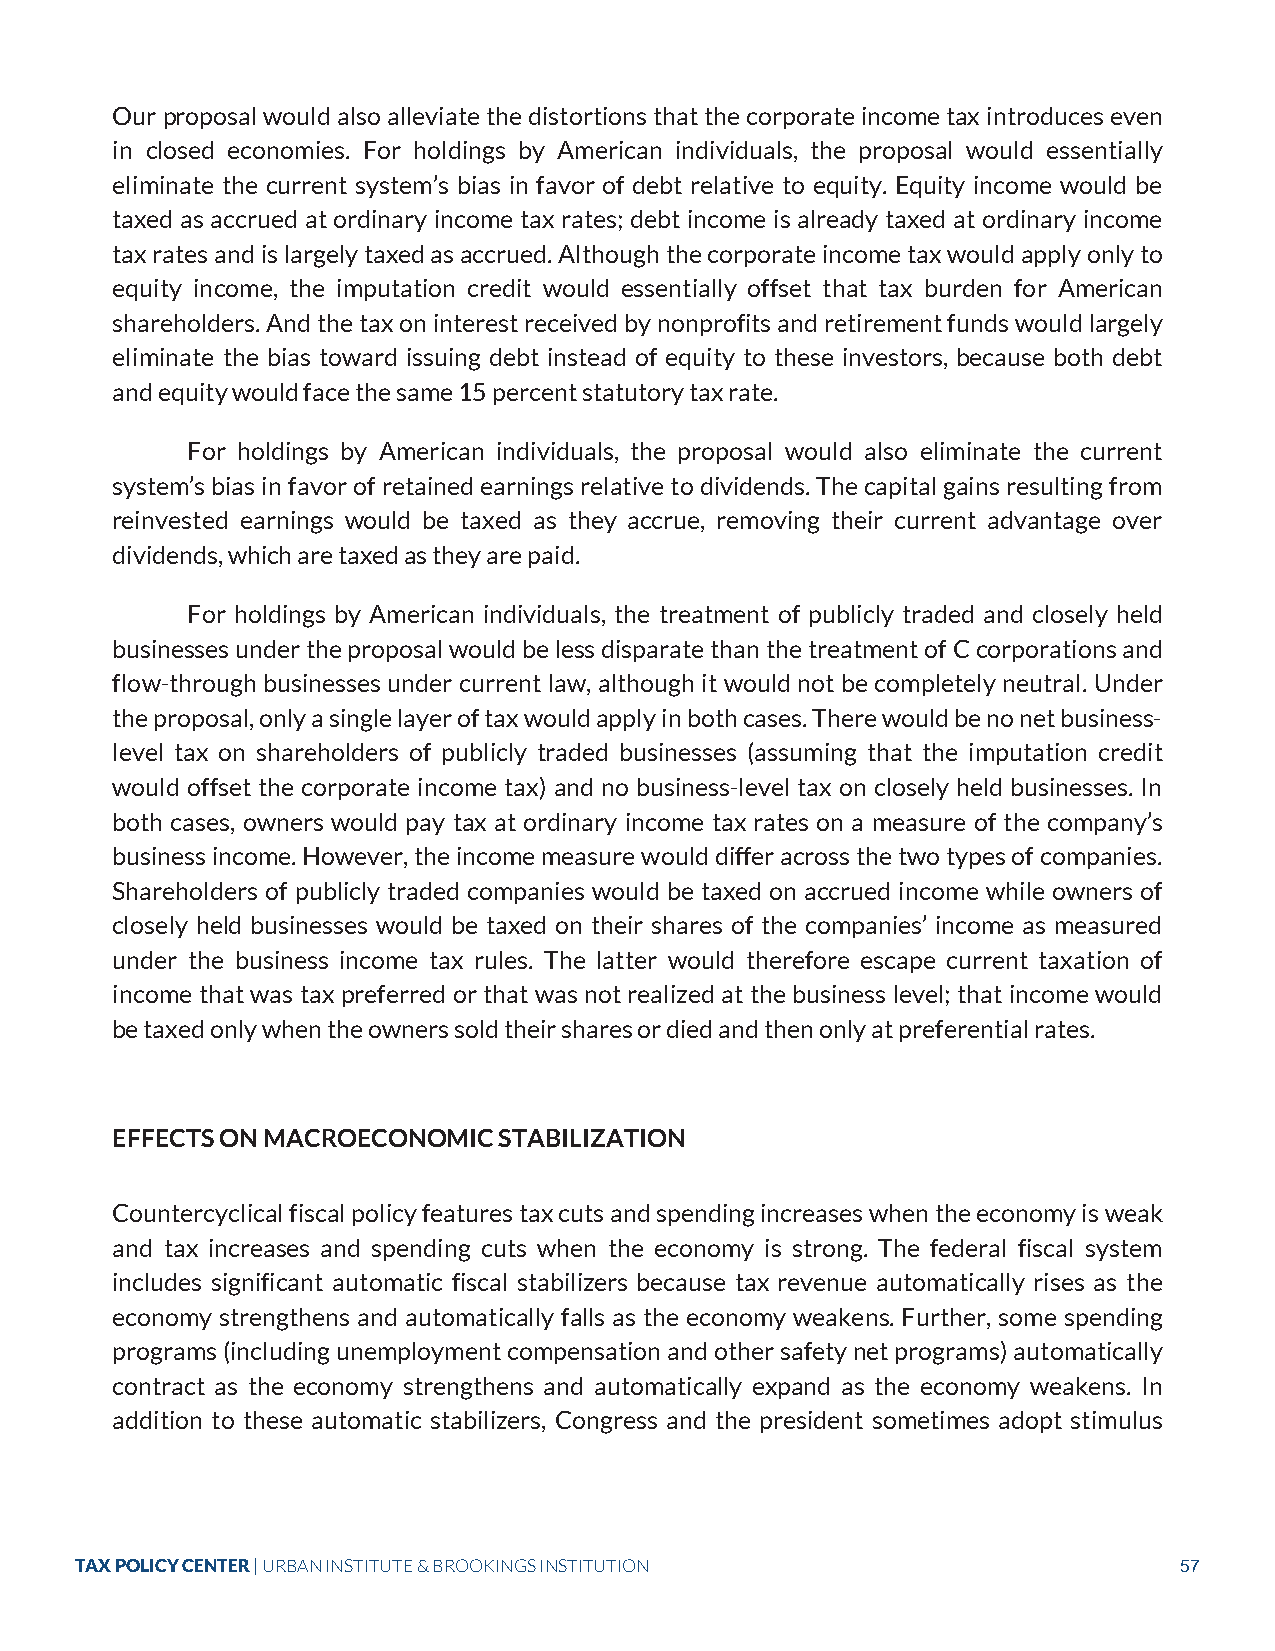
Our proposal would also alleviate the distortions that the corporate income tax introduces even
 in closed economies. For holdings by American individuals, the proposal would essentially
 eliminate the current system’s bias in favor of debt relative to equity. Equity income would be
 taxed as accrued at ordinary income tax rates; debt income is already taxed at ordinary income
 tax rates and is largely taxed as accrued. Although the corporate income tax would apply only to
 equity income, the imputation credit would essentially offset that tax burden for American
 shareholders. And the tax on interest received by nonprofits and retirement funds would largely
 eliminate the bias toward issuing debt instead of equity to these investors, because both debt
 and equity would face the same 15 percent statutory tax rate.
 For holdings by American individuals, the proposal would also eliminate the current
 system’s bias in favor of retained earnings relative to dividends. The capital gains resulting from
 reinvested earnings would be taxed as they accrue, removing their current advantage over
 dividends, which are taxed as they are paid.
 For holdings by American individuals, the treatment of publicly traded and closely held
 businesses under the proposal would be less disparate than the treatment of C corporations and
 flow-through businesses under current law, although it would not be completely neutral. Under
 the proposal, only a single layer of tax would apply in both cases. There would be no net business-
 level tax on shareholders of publicly traded businesses (assuming that the imputation credit
 would offset the corporate income tax) and no business-level tax on closely held businesses. In
 both cases, owners would pay tax at ordinary income tax rates on a measure of the company’s
 business income. However, the income measure would differ across the two types of companies.
 Shareholders of publicly traded companies would be taxed on accrued income while owners of
 closely held businesses would be taxed on their shares of the companies’ income as measured
 under the business income tax rules. The latter would therefore escape current taxation of
 income that was tax preferred or that was not realized at the business level; that income would
 be taxed only when the owners sold their shares or died and then only at preferential rates.
 EFFECTS ON MACROECONOMIC  STABILIZATION
 Countercyclical fiscal policy features tax cuts and spending increases when the economy is weak
 and tax increases and spending cuts when the economy is strong. The federal fiscal system
 includes significant automatic fiscal stabilizers because tax revenue automatically rises as the
 economy strengthens and automatically falls as the economy weakens. Further, some spending
 programs (including unemployment compensation and other safety net programs) automatically
 contract as the economy strengthens and automatically expand as the economy weakens. In
 addition to these automatic stabilizers, Congress and the president sometimes adopt stimulus
 TAX POLICY CENTER | URBAN INSTITUTE & BROOKINGS INSTITUTION              57